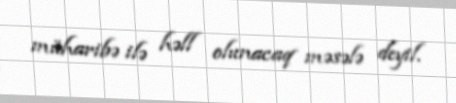
müharibə ilə həll olunacaq məsələ deyil.